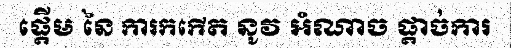
ផ្តើម នៃ ការកកើត នូវ អំណាច ផ្តាច់ការ